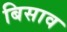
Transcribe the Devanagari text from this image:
बिसाव